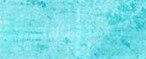
LoWeR pRiCeS